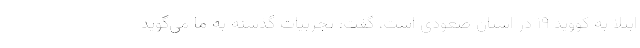
ابتلا به کووید ۱۹ در استان صعودی است، گفت: تجربیات گذشته به ما می‌گوید